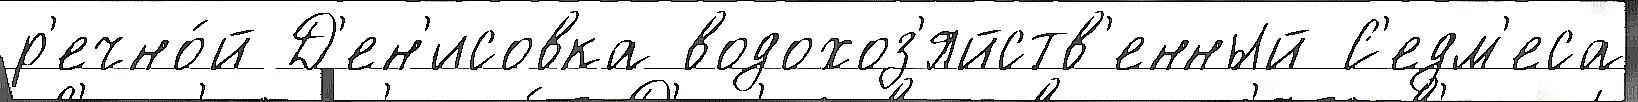
р'ечно́й Д'ен'исовка водохоз'яйств'енный С'едм'еса